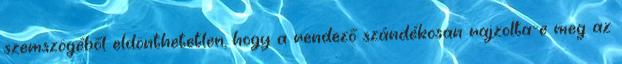
szemszögéből eldönthetetlen, hogy a rendező szándékosan rajzolta-e meg az